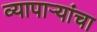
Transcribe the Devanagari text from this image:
व्यापार्‍यांचा